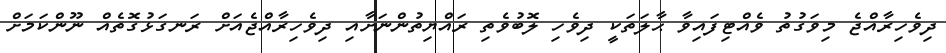
ދިވެހިރާއްޖެ މިވަގުތު ވެއްޓިފައިވާ ޙާލަތަކީ ދިވެހި ލޮބުވެތި ރައްޔިތުންނަށާއި ދިވެހިރާއްޖެއަށް ރަނގަޅުގޮތެއް ނޫންކަމަށް